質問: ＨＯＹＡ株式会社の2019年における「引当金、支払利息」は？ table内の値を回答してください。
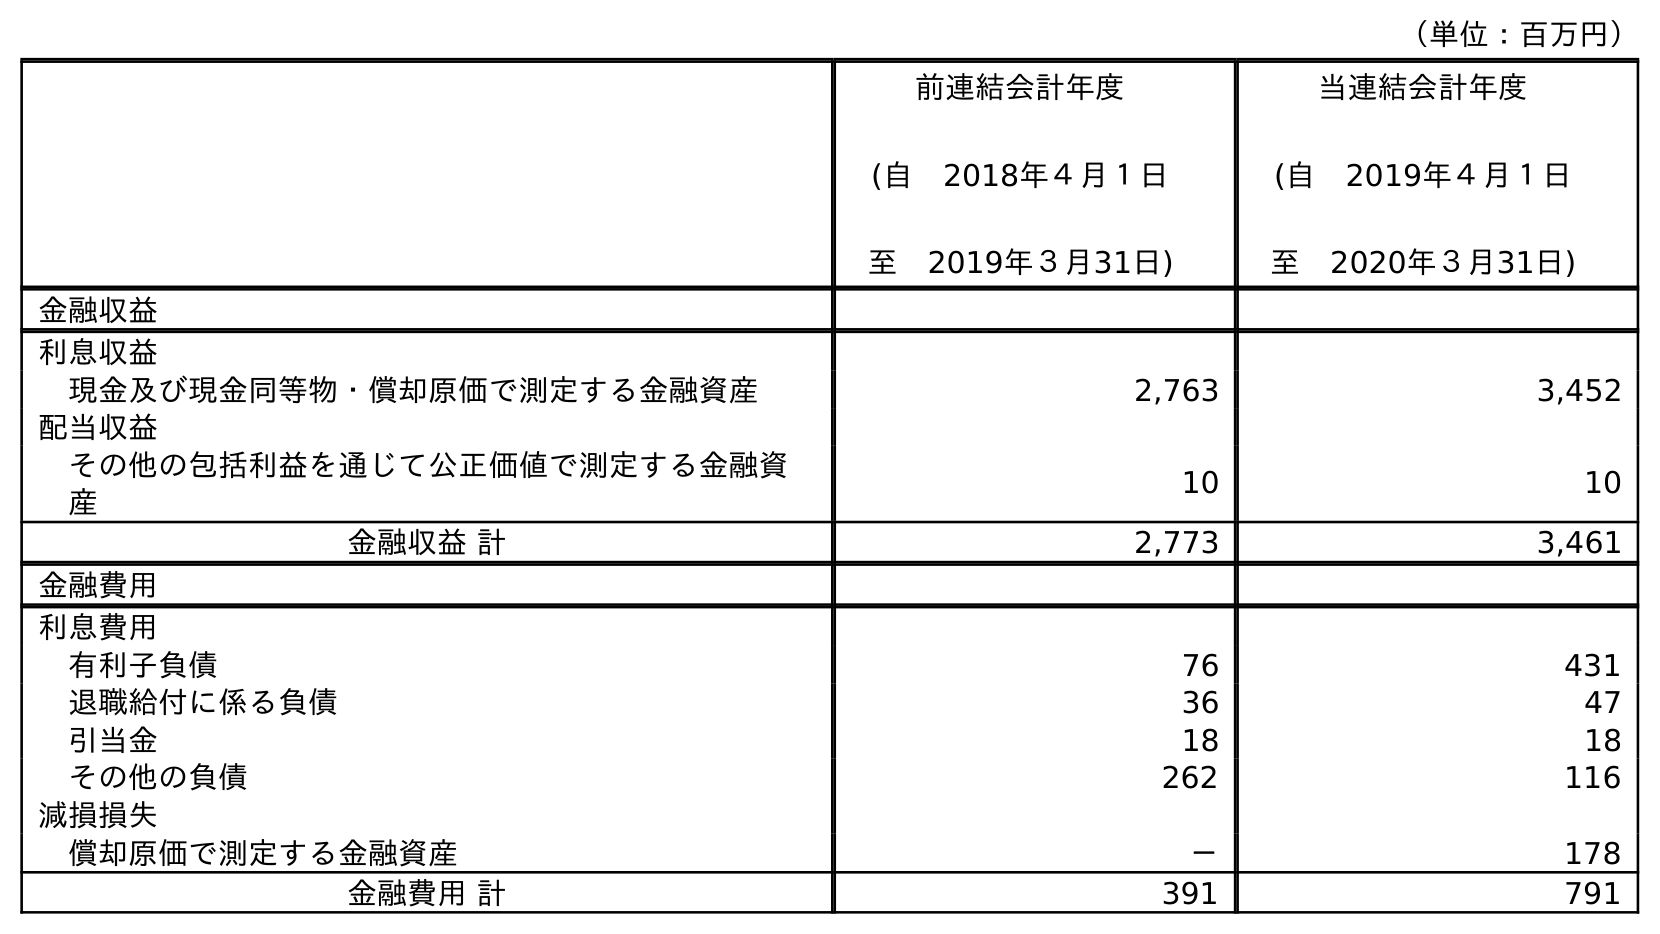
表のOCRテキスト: （単位：百万円） 前連結会計年度 (自 2018年４月１日 至 2019年３月31日) 当連結会計年度 (自 2019年４月１日 至 2020年３月31日) 金融収益 利息収益 現金及び現金同等物・償却原価で測定する金融資産 2,763 3,452 配当収益 その他の包括利益を通じて公正価値で測定する金融資 産 10 10 金融収益 計 2,773 3,461 金融費用 利息費用 有利子負債 76 431 退職給付に係る負債 36 47 引当金 18 18 その他の負債 262 116 減損損失 償却原価で測定する金融資産 － 178 金融費用 計 391 791
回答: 18